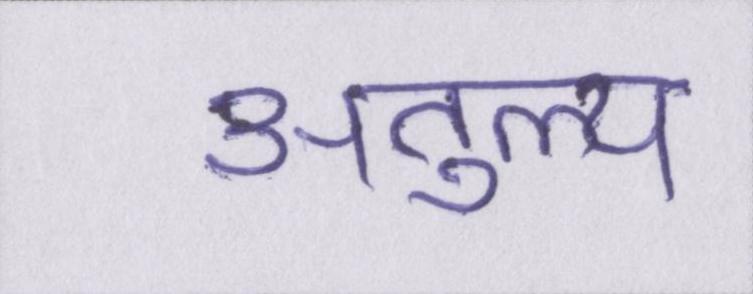
अतुल्य